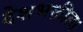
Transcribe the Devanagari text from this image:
देशभक्तीला